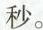
秒。